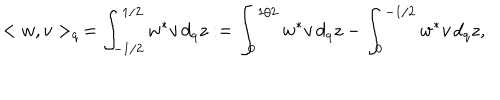
< w , v > _ { q } \, = \int _ { - 1 / 2 } ^ { 1 / 2 } w ^ { * } v \, d _ { q } z : = \int _ { 0 } ^ { 1 / 2 } w ^ { * } v \, d _ { q } z - \int _ { 0 } ^ { - 1 / 2 } w ^ { * } v \, d _ { q } z ,